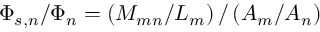
\Phi _ { s , n } / \Phi _ { n } = \left( M _ { m n } / L _ { m } \right) / \left( A _ { m } / A _ { n } \right)